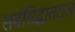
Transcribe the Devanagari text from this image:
सर्वसिद्धांतराज